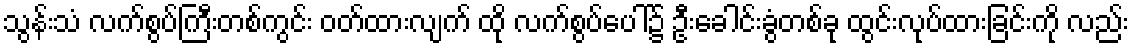
သွန်းသံ လက်စွပ်ကြီးတစ်ကွင်း ဝတ်ထားလျက် ထို လက်စွပ်ပေါ်၌ ဦးခေါင်းခွံတစ်ခု ထွင်းလုပ်ထားခြင်းကို လည်း